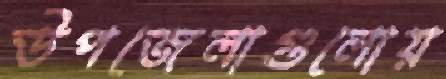
উপজেলাগুলোয়